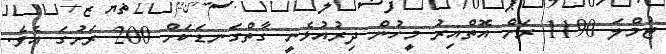
ޖުމްލަ 1190 ރަށް އޮތްއިރު މީހުން ދިރުއުޅެނީ ގާތްގަނޑަކަށް 200 ރަށުގަ އެވެ.